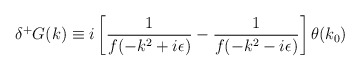
\begin{align*}\delta^+ G (k)\equiv i \left[ \frac{1}{f(-k^2 +i\epsilon)}-\frac{1}{f(-k^2 -i\epsilon)}\right] \theta (k_0)\end{align*}